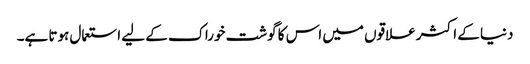
دنیا کے اکثر علاقوں میں اس کا گوشت خوراک کے لیے استعمال ہوتا ہے۔